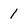
Character: 1